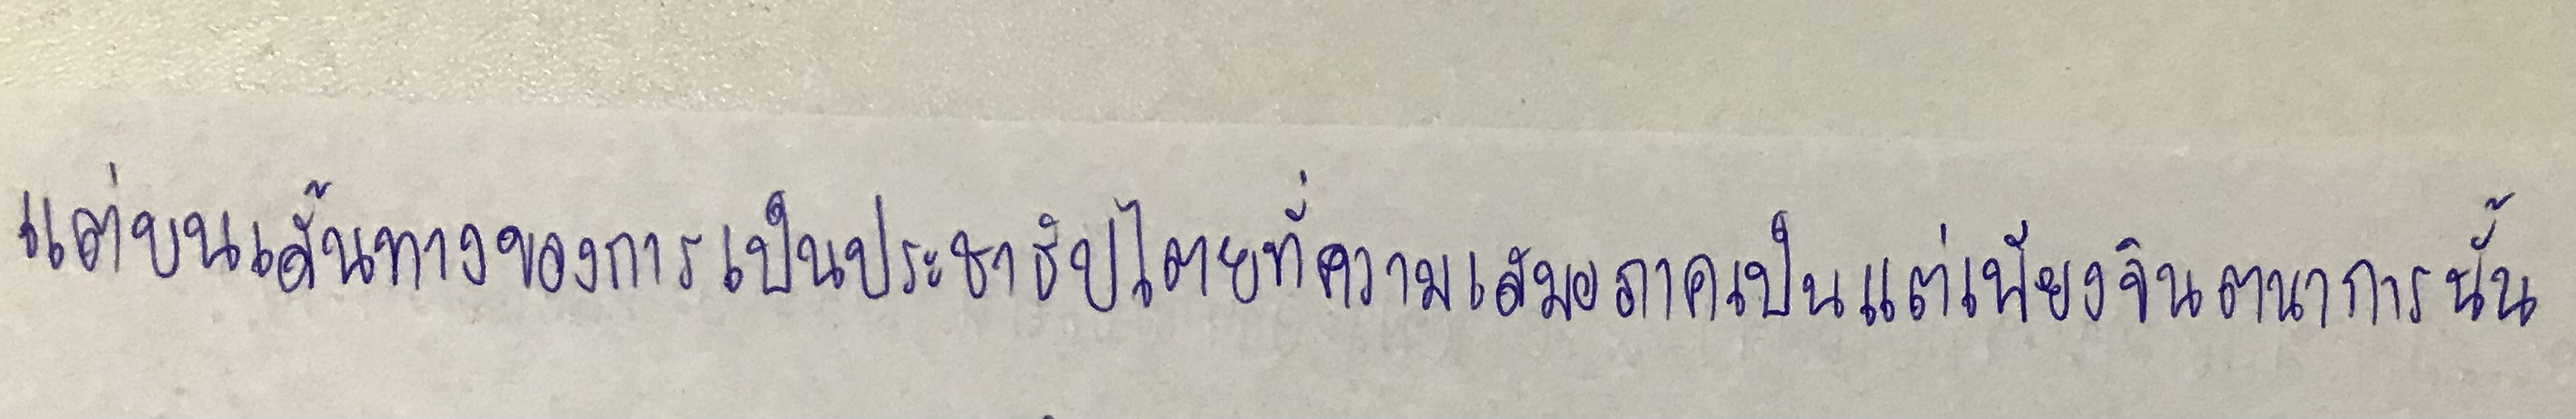
แต่บนเส้นทางของการเป็นประชาธิปไตยที่ความเสมอภาคเป็นแต่เพียงจินตนาการนั้น